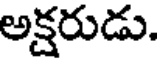
అక్షరుడు.